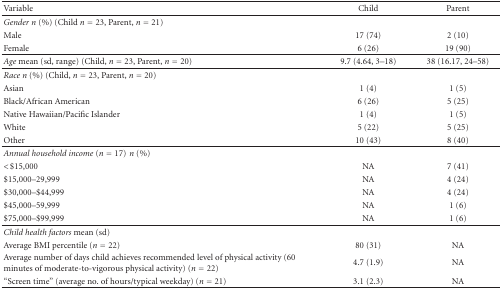
<table><thead><tr><td><b> Variable</b></td><td><b>Child</b></td><td><b>Parent</b></td></tr></thead><tbody><tr><td><i>Gender n</i> (%) (Child <i>n</i> = 23, Parent, <i>n</i> = 21)</td><td></td><td></td></tr><tr><td>Male</td><td>17 (74)</td><td>2 (10)</td></tr><tr><td> Female</td><td> 6 (26)</td><td>19 (90)</td></tr><tr><td><i>Age</i> mean (sd, range) (Child, <i>n</i> = 23, Parent, <i>n</i> = 20)</td><td>9.7 (4.64, 3–18)</td><td>38 (16.17, 24–58)</td></tr><tr><td><i>Race n</i> (%) (Child, <i>n</i> = 23, Parent, <i>n</i> = 20)</td><td></td><td></td></tr><tr><td>Asian</td><td>1 (4)</td><td>1 (5)</td></tr><tr><td>Black/African American</td><td>6 (26)</td><td>5 (25)</td></tr><tr><td>Native Hawaiian/Pacific Islander</td><td>1 (4)</td><td>1 (5)</td></tr><tr><td>White</td><td>5 (22)</td><td>5 (25)</td></tr><tr><td>Other</td><td>10 (43)</td><td>8 (40)</td></tr><tr><td><i>Annual household income </i>(<i>n</i> = 17)<i>n</i> (%)</td><td></td><td></td></tr><tr><td>&lt;$15,000</td><td>NA</td><td>7 (41)</td></tr><tr><td>$15,000–29,999</td><td>NA</td><td>4 (24)</td></tr><tr><td>$30,000–$44,999</td><td>NA</td><td>4 (24)</td></tr><tr><td>$45,000–59,999</td><td>NA</td><td>1 (6)</td></tr><tr><td>$75,000–$99,999</td><td> NA</td><td>1 (6)</td></tr><tr><td><i>Child health factors</i> mean (sd)</td><td></td><td></td></tr><tr><td>Average BMI percentile (<i>n</i> = 22)</td><td>80 (31)</td><td>NA</td></tr><tr><td>Average number of days child achieves recommended level of physical activity (60 minutes of moderate-to-vigorous physical activity) (<i>n</i> = 22)</td><td>4.7 (1.9)</td><td>NA</td></tr><tr><td> “Screen time” (average no. of hours/typical weekday) (<i>n</i> = 21)</td><td> 3.1 (2.3)</td><td> NA</td></tr></tbody></table>